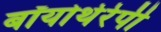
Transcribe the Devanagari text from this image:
बॉयोथेरेपी